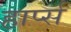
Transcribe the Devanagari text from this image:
हार्प्स